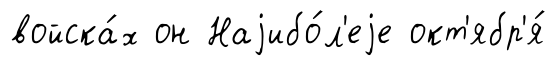
войска́х он Наjибо́л'еjе окт'ябр'я́